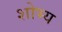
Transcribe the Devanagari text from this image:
शोभ्य